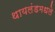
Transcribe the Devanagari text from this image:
थायलंडमधले